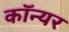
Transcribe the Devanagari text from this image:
कॉन्यर